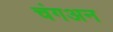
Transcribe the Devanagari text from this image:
चंगअन